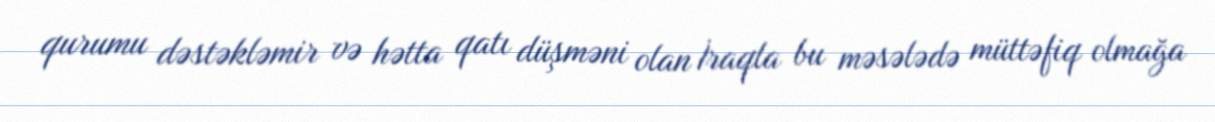
qurumu dəstəkləmir və hətta qatı düşməni olan İraqla bu məsələdə müttəfiq olmağa